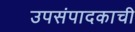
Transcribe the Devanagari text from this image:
उपसंपादकाची